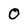
Character: O